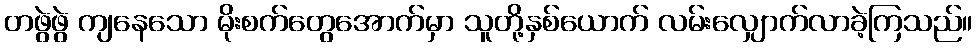
တဖွဲဖွဲ ကျနေသော မိုးစက်တွေအောက်မှာ သူတို့နှစ်ယောက် လမ်းလျှောက်လာခဲ့ကြသည်။